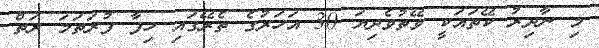
މި ނާދިރު ކޭތައަކީ ވޭތުވެދިޔަ 30 އަހަރުގެ ތެރޭގައި ހިފާ ފުރަތަމަ ރަތް